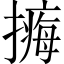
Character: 𢵹